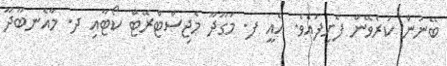
ބޭނުން ކުރެވޭން ފެށިފައެވެ. އެއީ ފ. މަގޫދޫ މެޖިސްޓްރޭޓް ކޯޓާއި ދ. މާއެނބޫދޫ